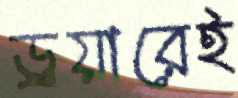
ড্রয়ারেই